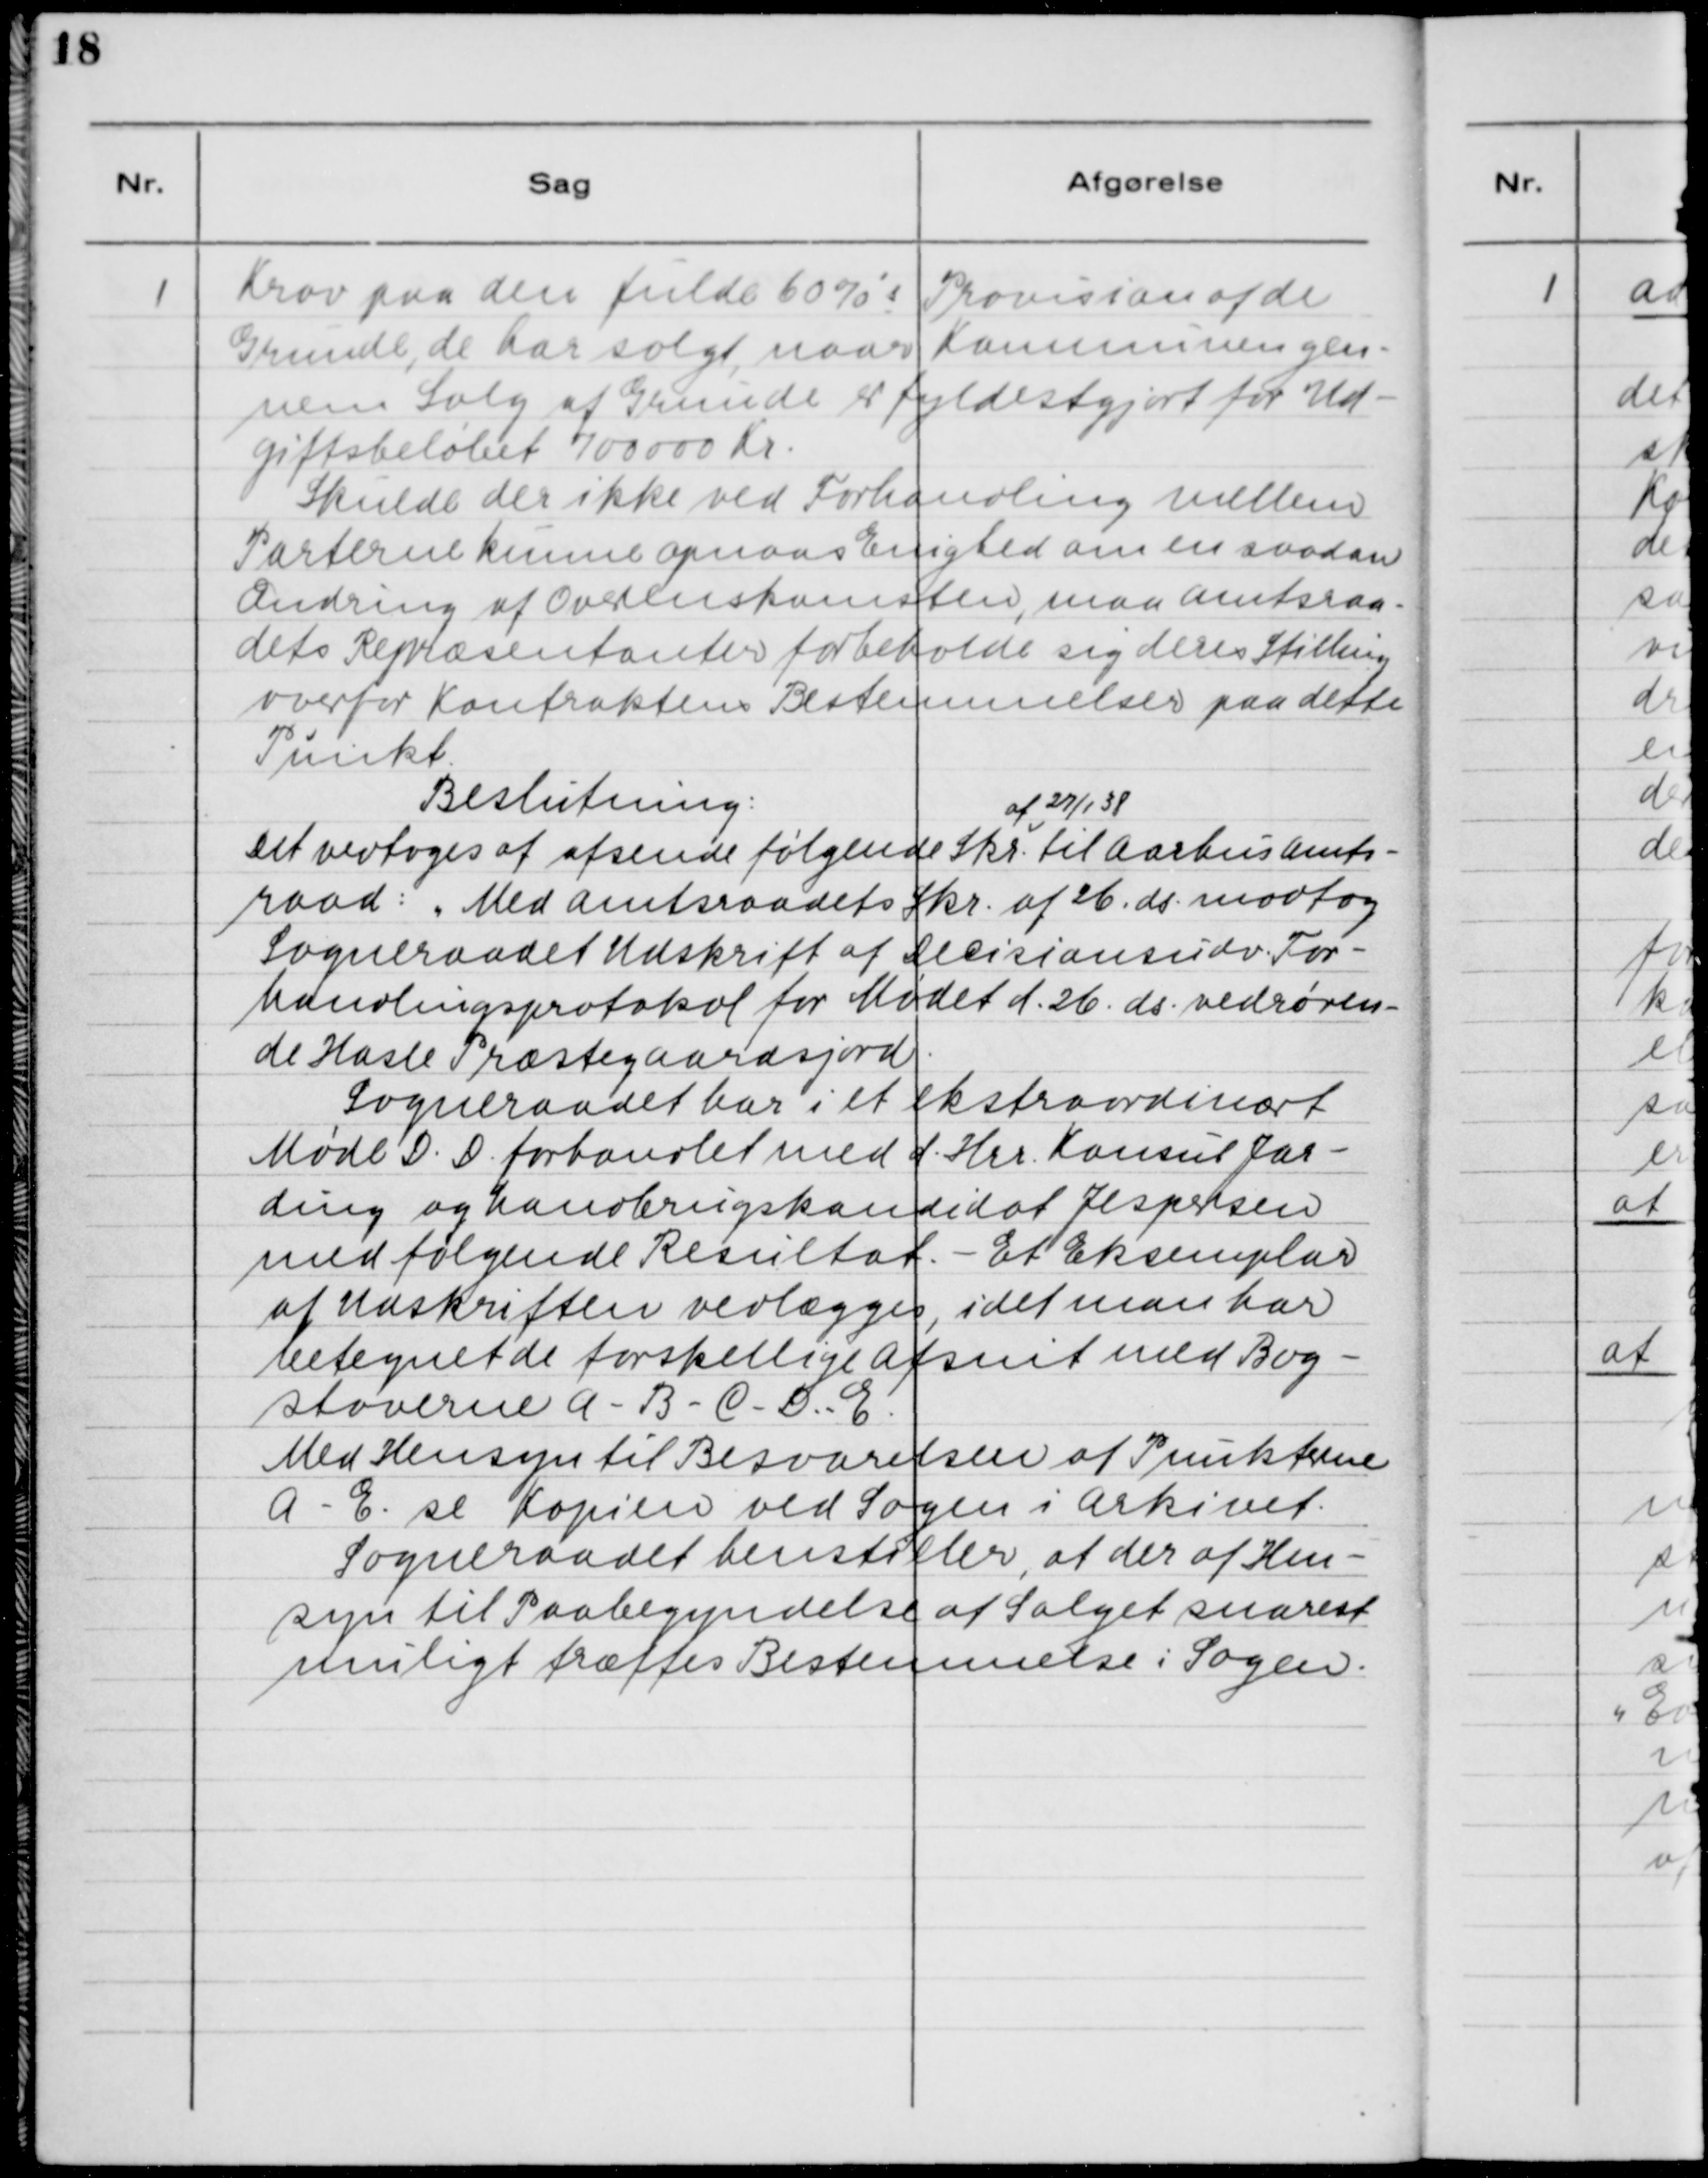
Transskription:
1. Krav paa deres fulde 60%'s Provision af de
Grunde, de har solgt, naar Kommunen gen-
nem Salg af Grunde er fyldelsgjort for Ud-
giftsbeløbet 700.000 Kr.
Skulle der ikke ved Forhandling mellem
Parterne kunne opnaaes Enighed om en saadan
Ændring af Overenskomsten, maa Amtsraa-
dets Repræsentanter forbeholde sig deres Stilling
overfor Kontraktens Bestemmelser paa dette
Punkt.

Beslutning:
Det vedtoges at afsende følgende Skr. af 27/11 38 til Aarhus Amts-
raad: "Med Amtsraadets Skr. af 26. ds. modtog
Sogneraadet Udskrift af Decisionsudv. For-
handlingsprotokol for Mødet d. 26. ds. vedrøren-
de Hasle Præstegaardsjord.
Sogneraadet har i et ekstraordinært
Møde D.D. forhandlet med d.Hrr. Konsul Jar-
ding og Landbrugskandidat Jespersen
med følgende Resultat. - Et Eksemplar
af Udskriften vedlægges, idet man har
betegnet de forskellige Afsnit med Bog-
staverne A - B - C - D - E.
Med Hensyn til Besvarelsen af Punkterne
A - E. se Kopien ved Sagen i Arkivet.
Sogneraadet henstiller, at der af Hen-
syn til Paabegyndelse af Salget snarest
muligt træffes Bestemmelse i Sagen.